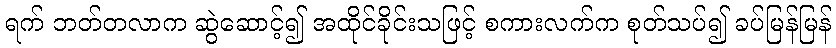
ရက် ဘတ်တလာက ဆွဲဆောင့်၍ အထိုင်ခိုင်းသဖြင့် စကားလက်က စုတ်သပ်၍ ခပ်မြန်မြန်